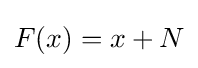
F(x)=x+N